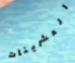
العشرينات